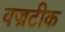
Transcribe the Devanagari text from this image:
वज्रटीक